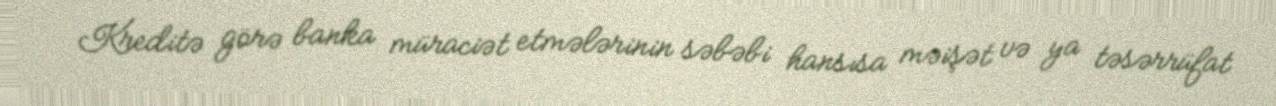
Kreditə görə banka müraciət etmələrinin səbəbi hansısa məişət və ya təsərrüfat